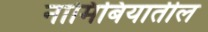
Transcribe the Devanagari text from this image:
नामिबियातील